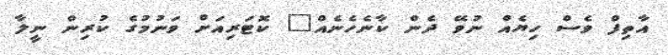
އާތިފް ވެސް ހިޔެއް ނުވޭ ދެން ކާނެހެނެއް" ކޮޓަރިއަށް ވަނުމުގެ ކުރިން ނީލާ